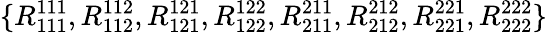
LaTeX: \{ R_{111}^{111},R_{112}^{112},R_{121}^{121},R_{122}^{122},R_{211}^{211},R_{212}^{212},R_{221}^{221},R_{222}^{222}\}